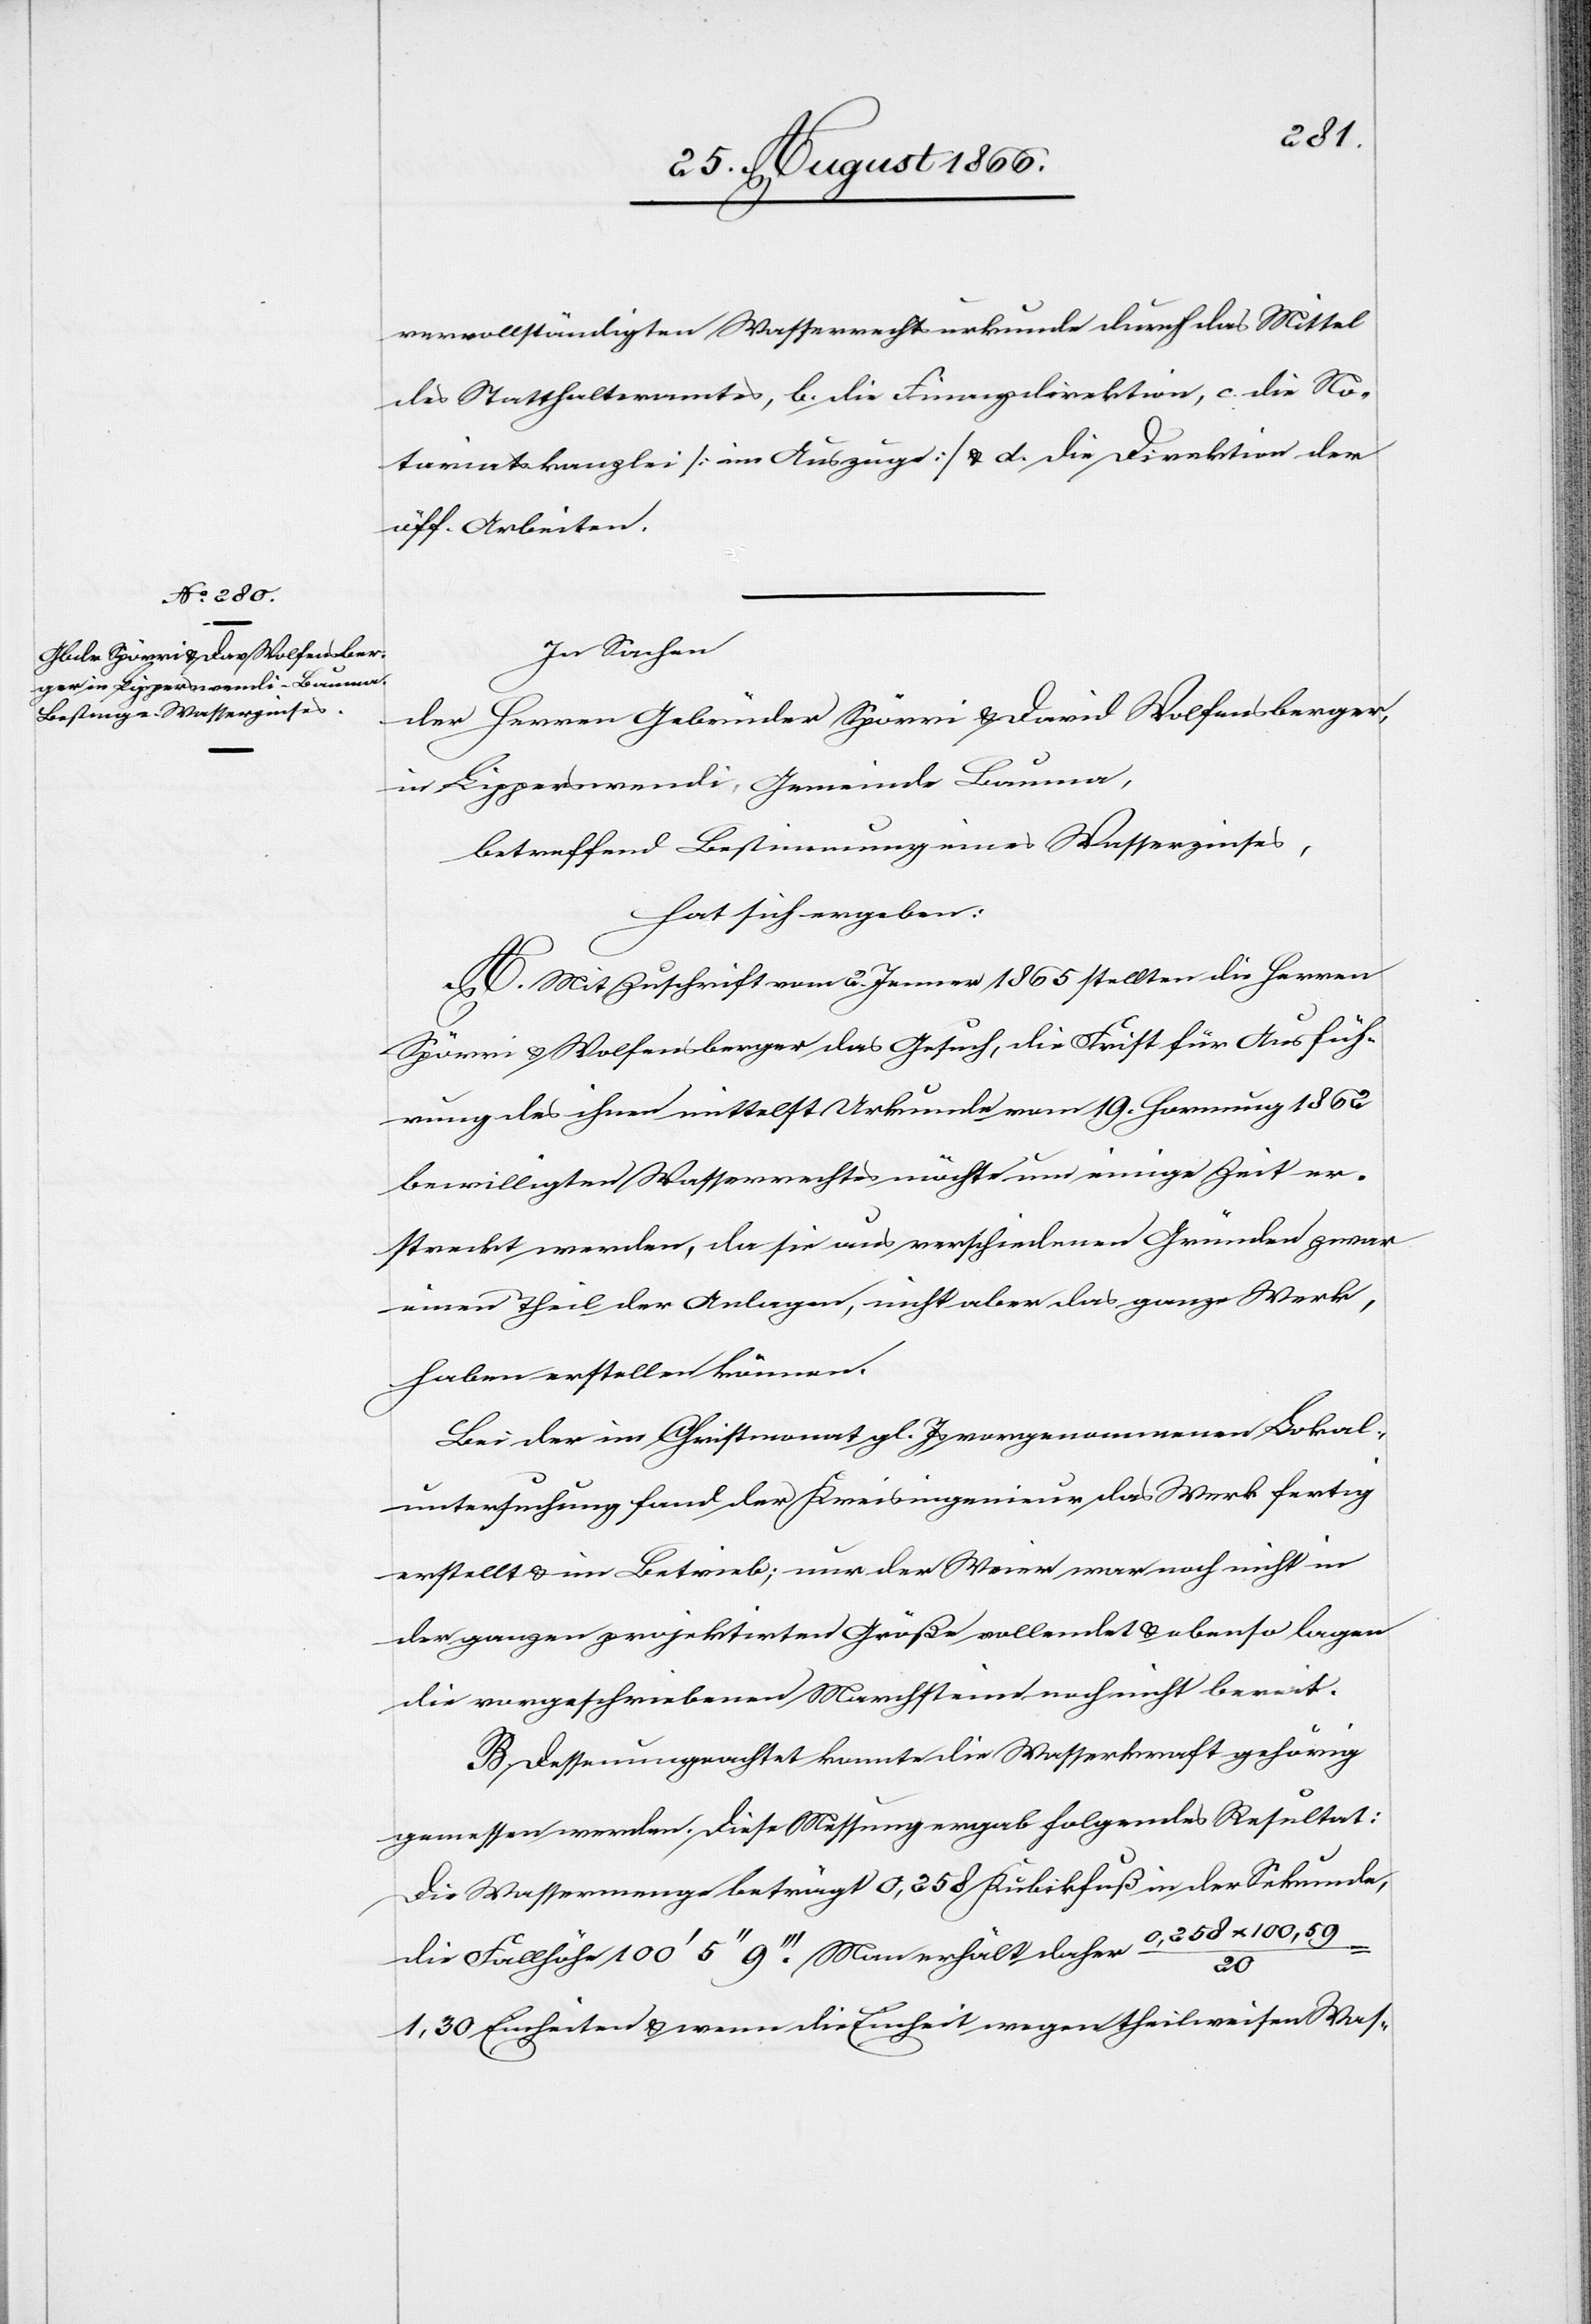
vervollständigten Wasserrechtsurkunde durch das Mittel
des Statthalteramtes, b. die Finanzdirektion, c. die No¬
tariatskanzlei [im Auszuge] u. d. die Direktion der
öff. Arbeiten.
In Sachen
Herren Gebrüder Spörri u. David Wolfensberger,
der
in Lipperschwendi, Gemeinde Bauma,
betreffend Bestimmung eines Wasserzinses,
hat sich ergeben:
A. Mit Zuschrift vom 2. Jenner 1865 stellten die Herren
Spörri u. Wolfensberger das Gesuch, die Frist für Ausfüh¬
rung des ihnen mittelst Urkunde vom 19. Hornung 1862
bewilligten Wasserrechtes möchte einige Zeit er¬
streckt werden, da sie aus verschiedenen Gründen zwar
einen Theil der Anlagen, nicht aber das ganze Werk,
haben erstellen können.
Bei der im Christmonat gl. Js. vorgenommenen Lokal¬
untersuchung fand der Kreisingenieur das Werk fertig
erstellt u. im Betrieb; nur der Weier war noch nicht in
der ganzen projektirten Größe vollendet u. ebenso lagen
die vorgeschriebenen Marchsteine noch nicht bereit.
B. Dessenungeachtet konnte die Wasserkraft gehörig
gemessen werden. Diese Messung ergab folgendes Resultat:
Die Wassermenge beträgt 0,258 Kubikfuß in der Sekunde,
die Fallhöhe 100‘ 5‘‘ 9‘‘‘. Man erhält daher 0,258 x 100,59
20
1,30 Einheiten u. wenn die Einheit wegen theilweisen Was-